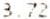
3.72